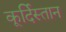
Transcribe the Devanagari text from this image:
कूर्दिस्तान